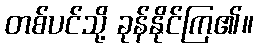
တစ်ပင်သို့ ခုန်နိုင်ကြ၏။